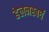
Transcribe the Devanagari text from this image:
हेलनस्बर्घ